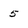
Character: 5